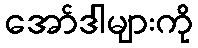
အော်ဒါများကို